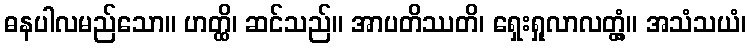
ဓနပါလမည်သော။ ဟတ္ထိ၊ ဆင်သည်။ အာပတိဿတိ၊ ရှေးရှုလာလတ္တံ့။ အသံသယံ၊